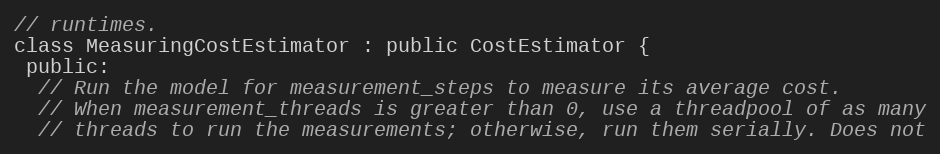
Language: C
// runtimes.
class MeasuringCostEstimator : public CostEstimator {
 public:
  // Run the model for measurement_steps to measure its average cost.
  // When measurement_threads is greater than 0, use a threadpool of as many
  // threads to run the measurements; otherwise, run them serially. Does not